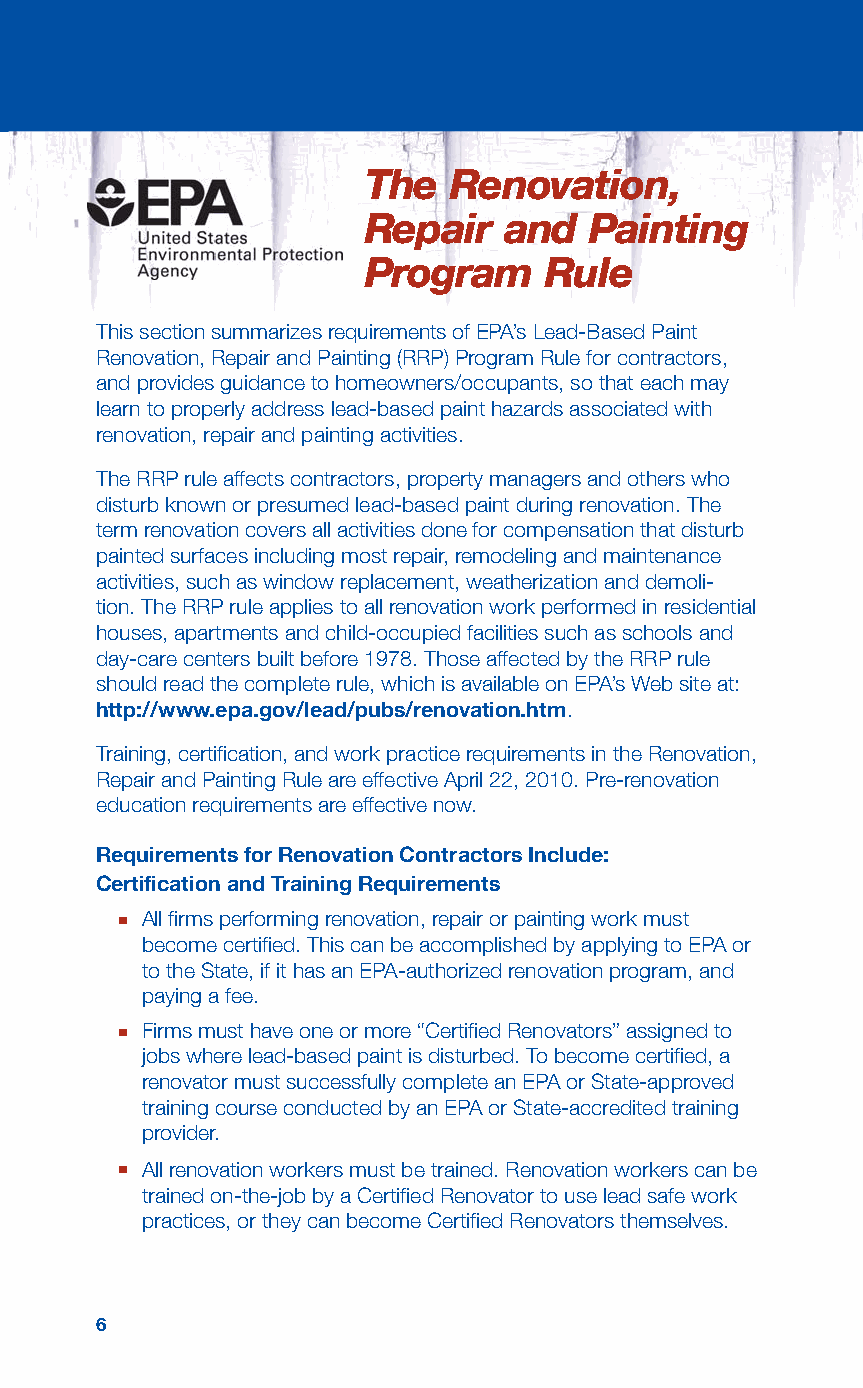
The   Renovation,
 Repair   and   Painting
 Program     Rule
 This section summarizes requirements of EPA’s Lead-Based Paint
 Renovation, Repair and Painting (RRP) Program Rule for contractors,
 and provides guidance to homeowners/occupants, so that each may
 learn to properly address lead-based paint hazards associated with
 renovation, repair and painting activities.
 The RRP rule affects contractors, property managers and others who
 disturb known or presumed lead-based paint during renovation. The
 term renovation covers all activities done for compensation that disturb
 painted surfaces including most repair, remodeling and maintenance
 activities, such as window replacement, weatherization and demoli-
 tion. The RRP rule applies to all renovation work performed in residential
 houses, apartments and child-occupied facilities such as schools and
 day-care centers built before 1978. Those affected by the RRP rule
 should read the complete rule, which is available on EPA’s Web site at:
 http://www.epa.gov/lead/pubs/renovation.htm.
 Training, certification, and work practice requirements in the Renovation,
 Repair and Painting Rule are effective April 22, 2010. Pre-renovation
 education requirements are effective now.
 Requirements for Renovation Contractors Include:
 Certification and Training Requirements
 ■ All firms performing renovation, repair or painting work must
 become certified. This can be accomplished by applying to EPA or
 to the State, if it has an EPA-authorized renovation program, and
 paying a fee.
 ■ Firms must have one or more “Certified Renovators” assigned to
 jobs where lead-based paint is disturbed. To become certified, a
 renovator must successfully complete an EPA or State-approved
 training course conducted by an EPA or State-accredited training
 provider.
 ■ All renovation workers must be trained. Renovation workers can be
 trained on-the-job by a Certified Renovator to use lead safe work
 practices, or they can become Certified Renovators themselves.
 6